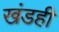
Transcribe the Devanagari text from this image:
खंडही